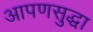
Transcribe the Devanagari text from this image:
आपणसुद्धा